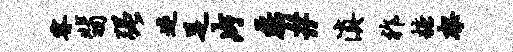
睿翡强迷足片磊#滇祚糖架